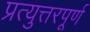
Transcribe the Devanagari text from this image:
प्रत्युत्तरपूर्ण